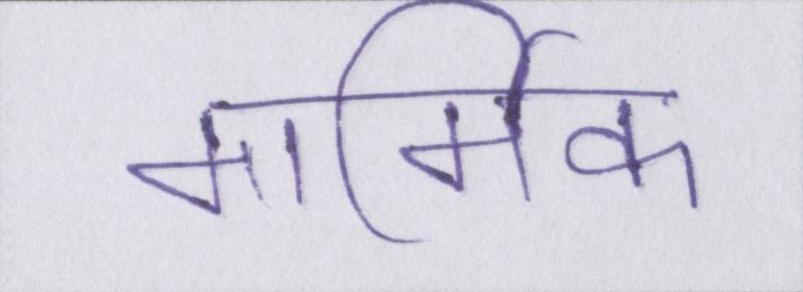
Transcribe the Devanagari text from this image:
मार्मिक